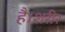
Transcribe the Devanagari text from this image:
है।शरीर